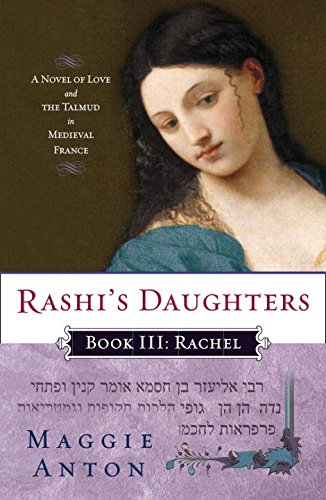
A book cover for Rashi's Daughters, Book III: Rachel: A Novel of Love and the Talmud in Medieval France; Maggie Anton; Romance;